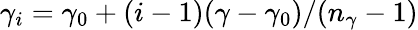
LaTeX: \gamma_{i}=\gamma_{0}+(i-1)(\gamma-\gamma_{0})/(n_{\gamma}-1)